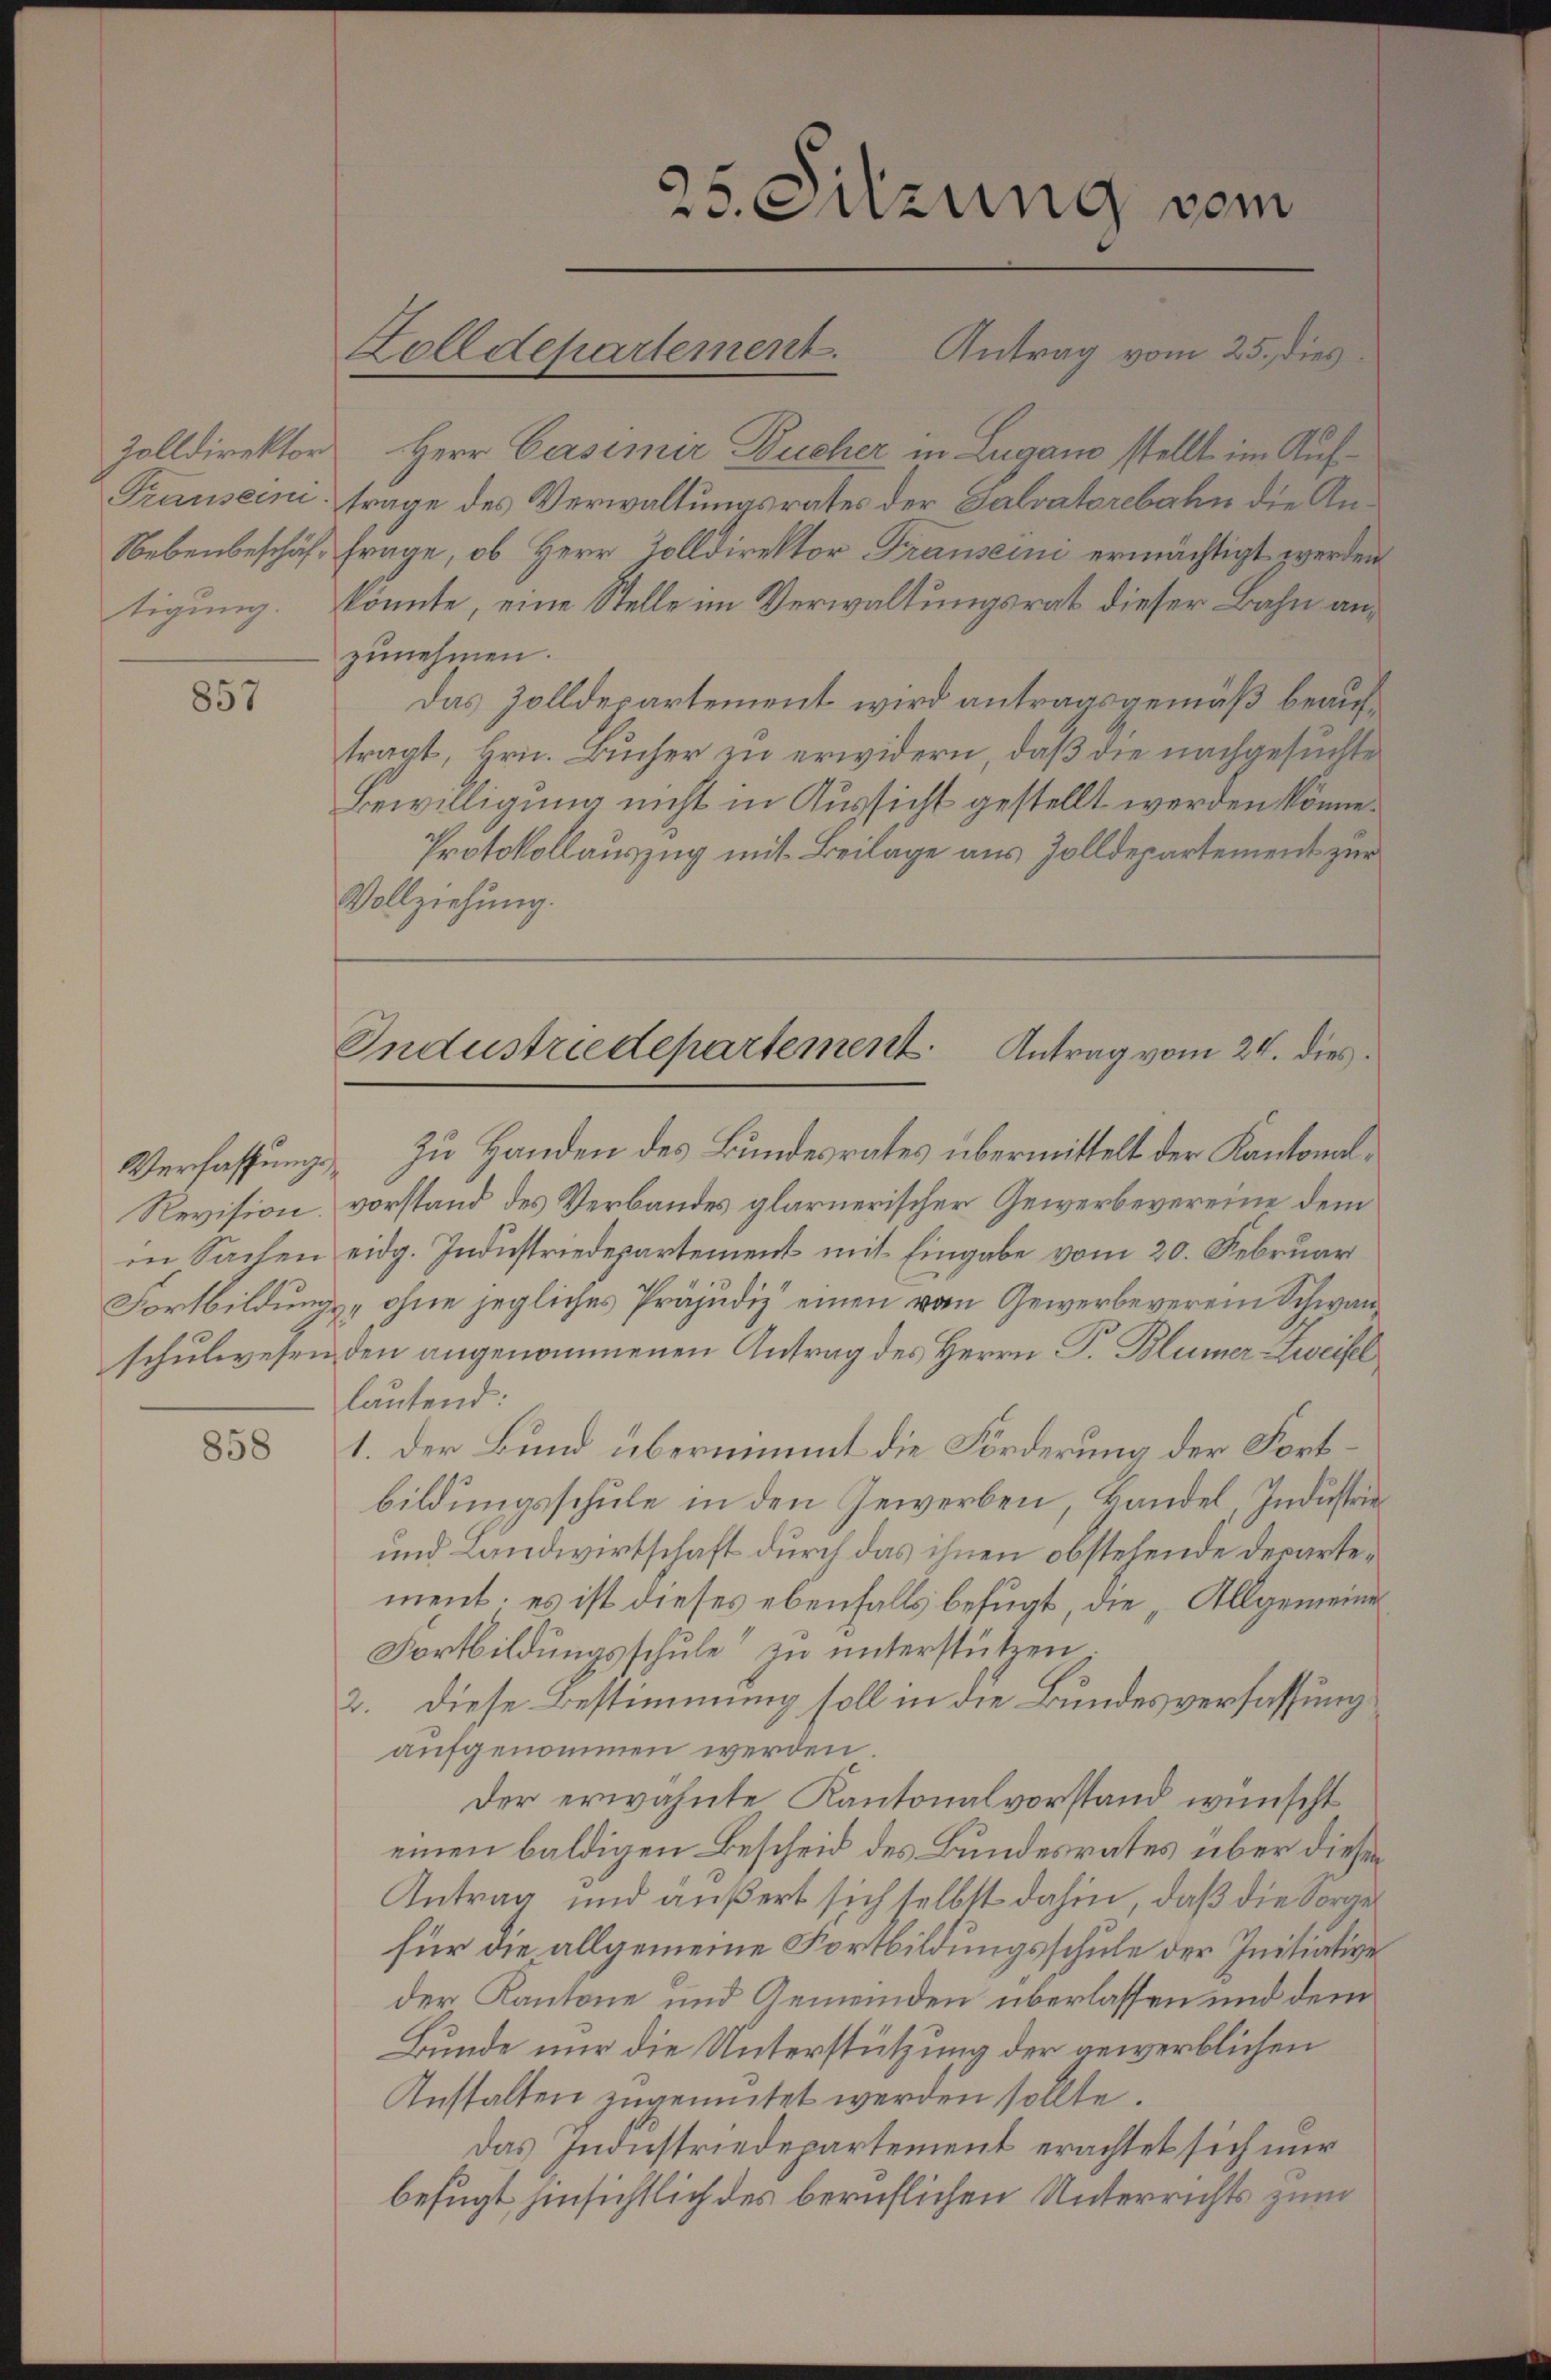
Zolldirektor
Transen.
Nebenbeschäftigung.

857

Verfassungs¬
Revision.
in Sachen

858

Herr Casimir Bucher in Lugano stellt im Auftrage des Verwaltungsrates der Salvatorebahn die Anfrage, ob Herr Zolldirektor Frausein ermächtigt werden
könnte, eine Stelle im Verwaltungsrat dieser Bahn anzunehmen.
Das Zolldepartement wird antragsgemäß beauftragt, Hrn. Bücher zu erwidern, daß die nachgesuchte
Bewilligung nicht in Aussicht gestellt werden könne.
Protokollauszug mit Beilage aus Zolldepartement zur
Vollziehung.
Zu Handen des Bundesrates übermittelt der Kantonalvorstand des Verbandes glarnerischer Gewerbevereine dem
eidg. Industriedepartement mit Eingabe vom 20. Februar
Fortbildungs- ohne jegliches Präjudiz einen vom Gewerbeverein Schwanschulwesen den angenommenen Antrag des Herrn P. Blümer Zweifel
lautend:
1. Der Bund übernimmt die Förderung der Fortbildungsschule in den Gewerben, Handel, Industrie¬
und Landwirtschaft durch das ihnen obstehende derartement; es ist dieses ebenfalls befugt, die „Allgemeine
Fortbildungsschule“ zu unterstützen
2. diese Bestimmung soll in die Bundesverfassung
aufgenommen werden.
der erwähnte Kantonalvorstand wünscht
einen baldigen Bescheid des Bundesrates über diesen
Antrag und äußert sich selbst dahin, daß die Sorger
für die allgemeine Fortbildungsschule der Initiative
der Kantone und Gemeinden überlassen und dem
Bunde nur die Unterstützung der gewerblichen
Anstalten zugemutet werden sollte.
das Industriedepartement erachtet sich nur
befugt hinsichtlich des beruflichen Unterrichts zum

23. Suzung vom
Zolldepartement. Antrag vom 25. dies

Industriedepartement. Antrag vom 24. dies